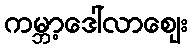
ကမ္ဘာ့ဒေါ်လာဈေး